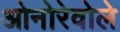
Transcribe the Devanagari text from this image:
ओनोरेवोले